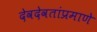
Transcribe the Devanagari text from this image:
देवदेवतांप्रमाणे